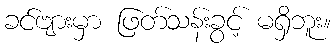
ခင်ဗျားမှာ ဖြတ်သန်းခွင့် မရှိဘူး။